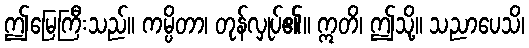
ဤမြေကြီးသည်။ ကမ္ပိတာ၊ တုန်လှုပ်၏။ ဣတိ၊ ဤသို့။ သညာပေသိ၊